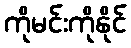
ကိုမင်းကိုနိုင်